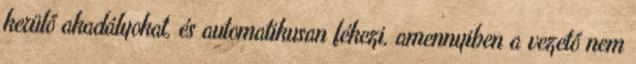
kerülő akadályokat, és automatikusan fékezi, amennyiben a vezető nem